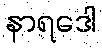
နာရဒေါ